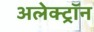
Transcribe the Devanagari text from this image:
अलेक्ट्रॉन